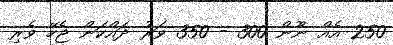
250 އެއް ނޫން 300 - 350 ވަރު ދަައްކަން ޖެހޭ ވެރި